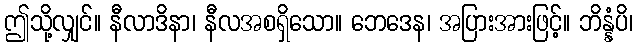
ဤသို့လျှင်။ နီလာဒိနာ၊ နီလအစရှိသော။ ဘေဒေန၊ အပြားအားဖြင့်။ ဘိန္နံပိ၊